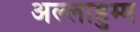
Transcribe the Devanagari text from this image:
अल्लाहुम्म